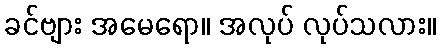
ခင်ဗျား အမေရော။ အလုပ် လုပ်သလား။